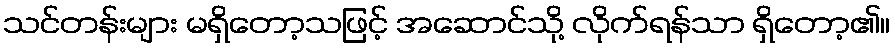
သင်တန်းများ မရှိတော့သဖြင့် အဆောင်သို့ လိုက်ရန်သာ ရှိတော့၏။